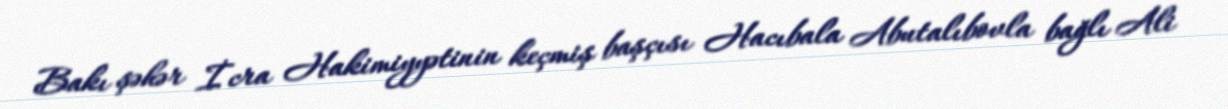
Bakı şəhər İcra Hakimiyyətinin keçmiş başçısı Hacıbala Abutalıbovla bağlı Ali